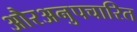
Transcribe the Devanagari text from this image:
औरअनुपचारित